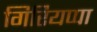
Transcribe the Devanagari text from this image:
गिरियप्पा